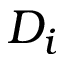
D _ { i }